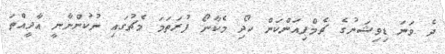
ދެ ވަނަ ޑިވިޝަނުގެ ޗެމްޕިއަންކަން ހޯދި މެކާނޯ ފުރަތަމަ މެޗުގައި ނުކުންނާނީ އާދީއްތަ